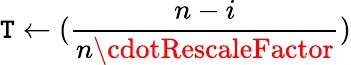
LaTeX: \mathtt{T}\leftarrow(\frac{{n-i}}{{n\cdotRescaleFactor}})